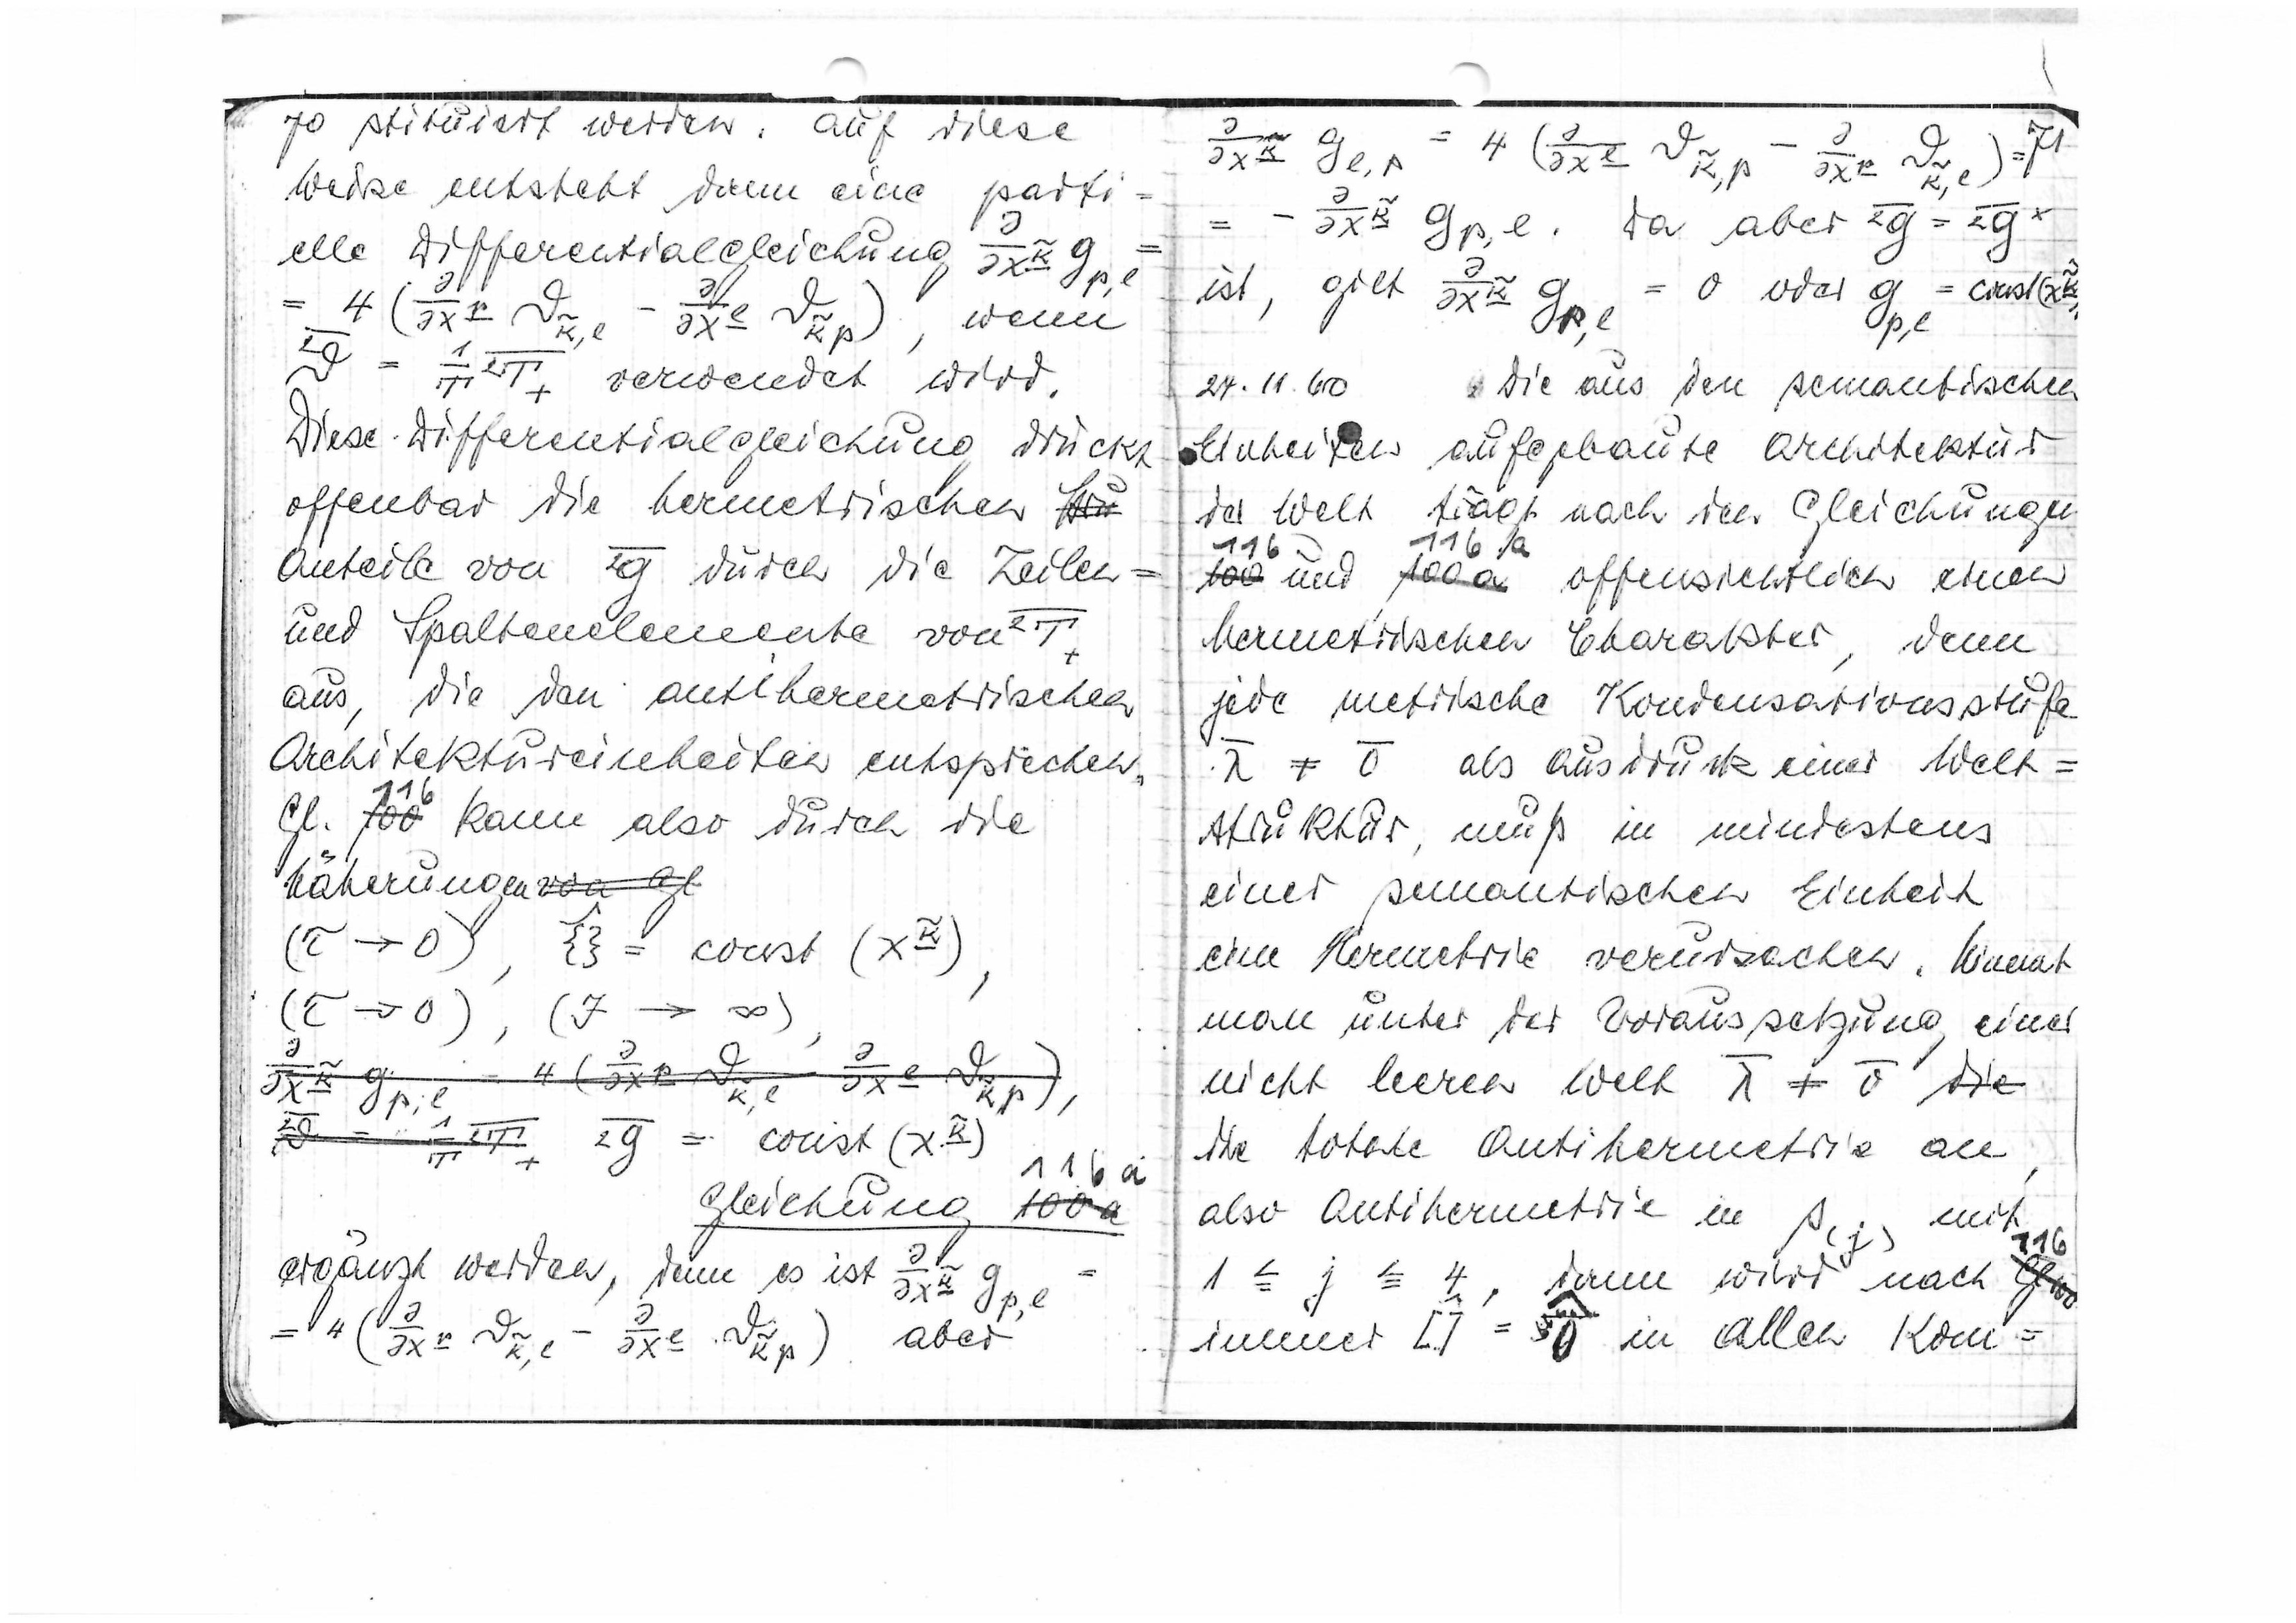
70
stituiert werden. Auf diese
Weise entsteht dann eine parti=
=

elle Differentialgleichung

, wenn

verwendet wird.
Diese Differentialgleichung drückt
offenbar die hermetrischen

Anteile von

durch die Zeilen=
und Spaltenelemente von

aus, die den antihermetrischen
Architektureinheiten entsprechen.
Gl.
100
kann also durch die
Näherung
von Gl.
(τ→0)

(τ→0) , (J → ∞)

116a
Gleichung
100a

ergänzt werden, denn es ist

4

aber

71

Da aber

ist, gilt

= 0 oder

24.11.60 Die aus den semantischen
Einheiten aufgebaute Architektur
der Welt trägt nach den Gleichungen
116a
116
100
und
100a
offensichtlich einen
hermetrischen Charakter, denn
jede metrische Kondensationsstufe
als Ausdruck einer Welt=

struktur, muß in mindestens
einer semantischen Einheit
eine Hermetrie verursachen. Nimmt
man unter der Voraussetzung einer
nicht leeren Welt

die
die totale Antihermetrie an,
also Antihermetrie in s(j) mit
1 ≦ j ≦ 4
dann wird nach
Gl
immer

in allen Kom=